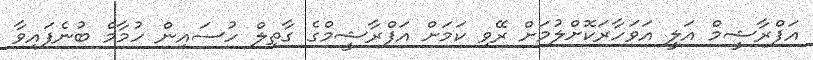
އަފްރާޝީމް އަލީ އަވަހާރަކޮށްލުމަށް ރޭވި ކަމަށް އަފްރާޝީމްގެ ގާތިލް ހުސައިން ހުމާމް ބުނެފައިވާ